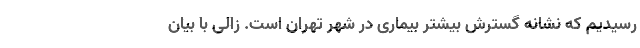
رسیدیم که نشانه گسترش بیشتر بیماری در شهر تهران است. زالی با بیان